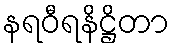
နရဝီရနိဋ္ဌိတာ